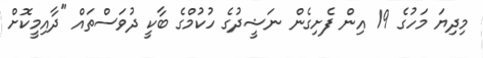
މިިދިޔަ މަހުގެ 19 އިން ފެށިގެން ނަޝީދުގެ ހުކުމްގެ ބާކީ ދުވަސްތައް "ދާއިމީކޮށް